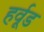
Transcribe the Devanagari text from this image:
हर्वूड